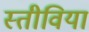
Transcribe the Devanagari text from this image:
स्तीविया